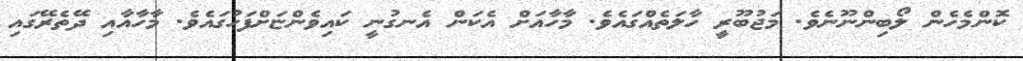
ކޮންމެހެން ލޯބިންނޫނެވެ. މަޖުބޫރީ ހާލަތެއްގައެވެ. މާހާއަށް އެކަން އެނގުނީ ކައިވެންޏަށްފަހުގައެވެ. މާހާއާއި ދޭތެރޭގައި